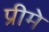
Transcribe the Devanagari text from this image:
प्रीमे